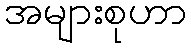
အများစုဟာ